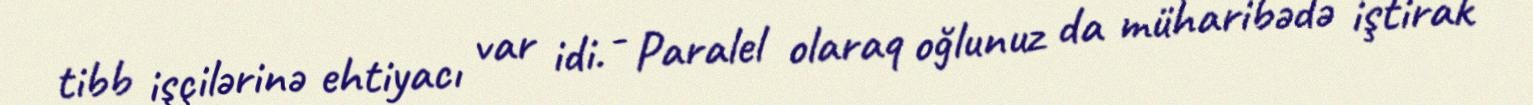
tibb işçilərinə ehtiyacı var idi. - Paralel olaraq oğlunuz da müharibədə iştirak